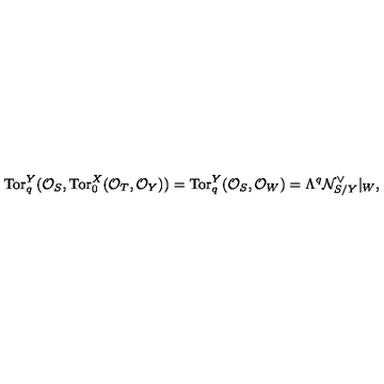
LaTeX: \mathrm { T o r } _ { q } ^ { Y } ( { \cal O } _ { S } , \mathrm { T o r } _ { 0 } ^ { X } ( { \cal O } _ { T } , { \cal O } _ { Y } ) ) = \mathrm { T o r } _ { q } ^ { Y } ( { \cal O } _ { S } , { \cal O } _ { W } ) = \Lambda ^ { q } { \cal N } _ { S / Y } ^ { \vee } | _ { W } ,